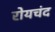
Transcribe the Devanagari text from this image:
रोयचंद